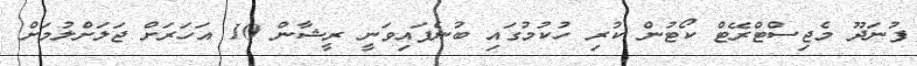
ފުނަދޫ މެޖިސްޓްރޭޓް ކޯޓުން ކުރި ހުކުމުގައި ބުނެފައިވަނީ ރީޝާން 10 އަހަރަށް ޖަލަށްލުމަށް